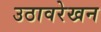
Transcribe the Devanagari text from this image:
उठावरेखन